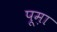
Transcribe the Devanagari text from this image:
पूम़ा